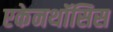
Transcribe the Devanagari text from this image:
एकेनथॉसिस